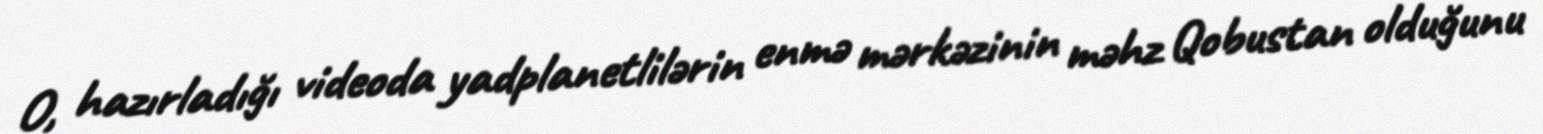
O, hazırladığı videoda yadplanetlilərin enmə mərkəzinin məhz Qobustan olduğunu